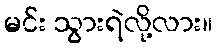
မင်း သွားရဲလို့လား။